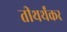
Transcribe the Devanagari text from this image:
तीथर्थंकर